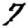
Digit: 7